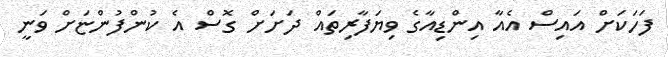
ފަހަކަށް އައިސް އެއާ އިންޑިއާގެ ވިޔަފާރިތައް ދަށަށް ގޮސް އެ ކުންފުންޏަށް ވަނީ